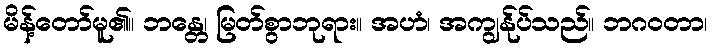
မိန့်တော်မူ၏။ ဘန္တေ၊ မြတ်စွာဘုရား။ အဟံ၊ အကျွန်ုပ်သည်။ ဘဂဝတာ၊